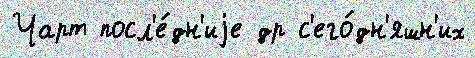
Чарт посл'е́дн'иjе др с'его́дн'яшн'их